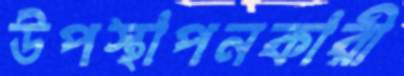
উপস্থাপনকারী